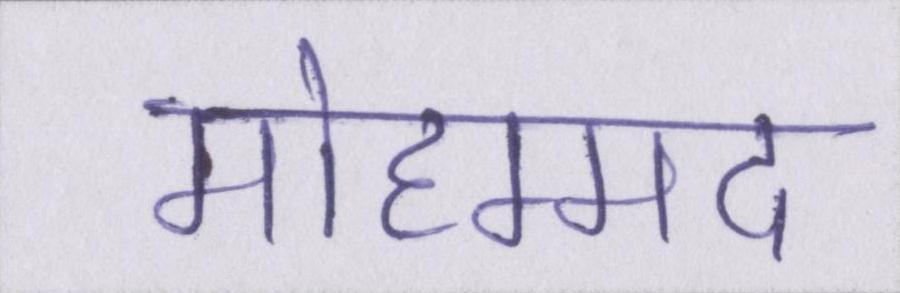
मोहम्मद